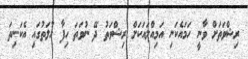
ރިޝްވަތަށް ވާނީ ހަމައެކަނި އަމިއްލައަކަށް ރިޝްވަތު ދޭ ނުވަތަ ހިފާ ހާލަތުގައި އެކަނިތަ